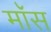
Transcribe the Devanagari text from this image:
माॅस